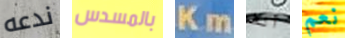
ندعه بالمسدس Km آلف نعم